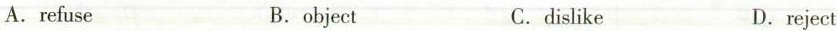
A. refuse B. object C. dislike D. reject